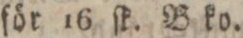
för 16 ſk. B ko.